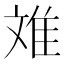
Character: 𮥷